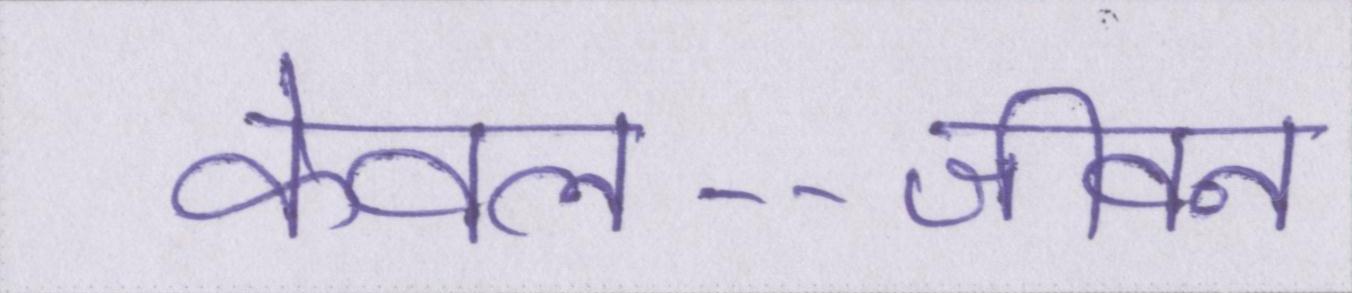
केवल--जीवन